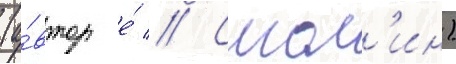
(а́втор е́ // Смол'ин)